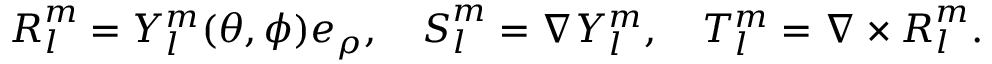
\boldsymbol { R } _ { l } ^ { m } = Y _ { l } ^ { m } ( \theta , \phi ) \boldsymbol { e } _ { \rho } , \quad \boldsymbol { S } _ { l } ^ { m } = \nabla Y _ { l } ^ { m } , \quad T _ { l } ^ { m } = \nabla \times \boldsymbol { R } _ { l } ^ { m } .